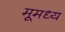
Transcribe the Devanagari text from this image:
मूमध्य